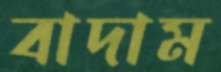
বাদাম